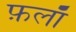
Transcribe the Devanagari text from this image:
फ़लाँ